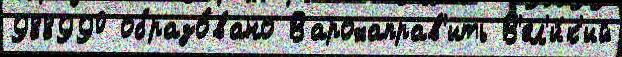
988990 образо́вано Варохаправ'ить В'ел'и́к'ий